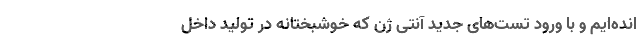
انده‌ایم و با ورود تست‌های جدید آنتی ژن که خوشبختانه در تولید داخل